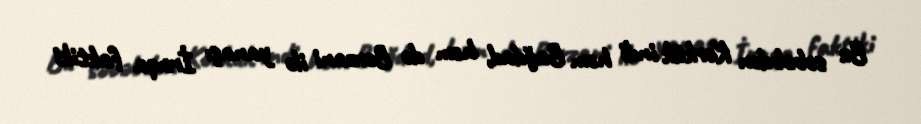
Bu səbəbdən Kərkük indi həm Bağdad, həm də Bərzani ilə yanaşı İraqa faktiki